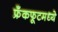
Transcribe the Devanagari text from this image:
फ्रँकफूटमध्ये